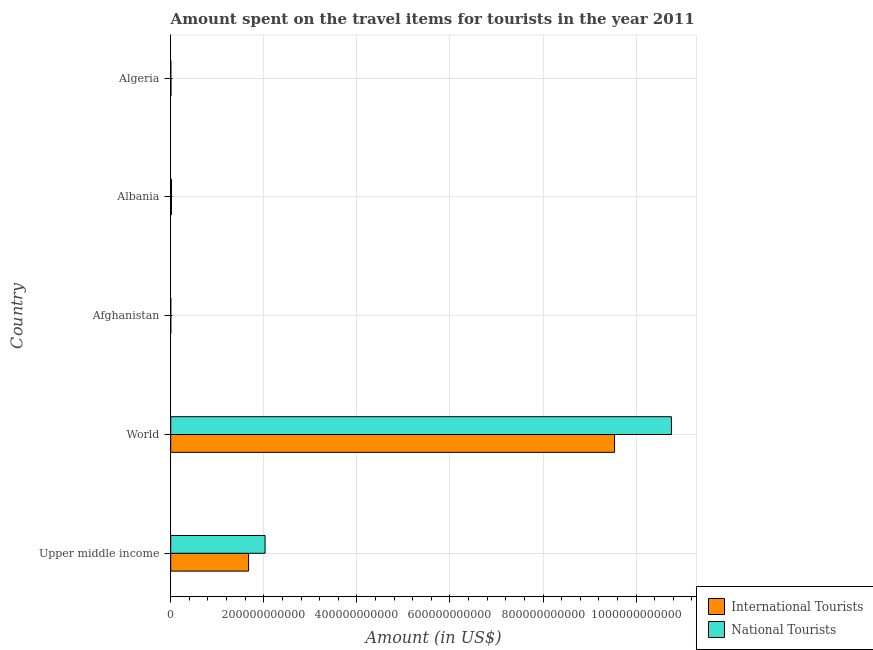
| Country | International Tourists | National Tourists |
 | --- | --- | --- |
 | Upper middle income | 1.67e+11 | 2.03e+11 |
 | World | 9.54e+11 | 1.08e+12 |
 | Afghanistan | 1.13e+08 | 7.1e+07 |
 | Albania | 1.56e+09 | 1.63e+09 |
 | Algeria | 5.02e+08 | 2.09e+08 |